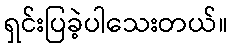
ရှင်းပြခဲ့ပါသေးတယ်။